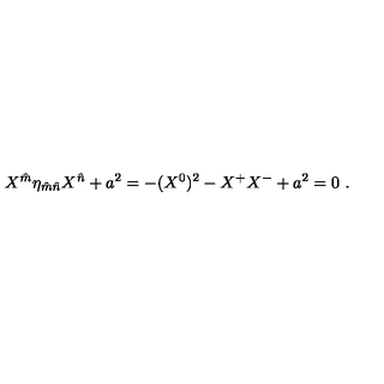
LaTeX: X ^ { \hat { m } } \eta _ { \hat { m } \hat { n } } X ^ { \hat { n } } + a ^ { 2 } = - ( X ^ { 0 } ) ^ { 2 } - X ^ { + } X ^ { - } + a ^ { 2 } = 0 \ .